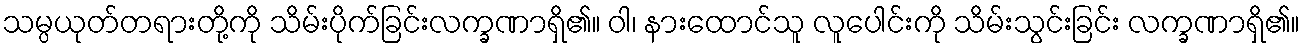
သမ္ပယုတ်တရားတို့ကို သိမ်းပိုက်ခြင်းလက္ခဏာရှိ၏။ ဝါ၊ နားထောင်သူ လူပေါင်းကို သိမ်းသွင်းခြင်း လက္ခဏာရှိ၏။